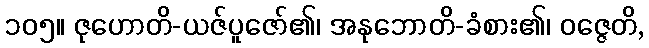
၁၀၅။ ဇုဟောတိ-ယဇ်ပူဇော်၏၊ အနုဘောတိ-ခံစား၏၊ ဝဇ္ဇေတိ,